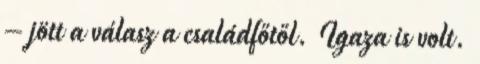
– jött a válasz a családfőtől. Igaza is volt.